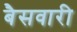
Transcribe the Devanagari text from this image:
बैसवारी